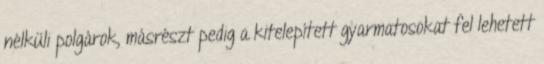
nélküli polgárok, másrészt pedig a kitelepített gyarmatosokat fel lehetett